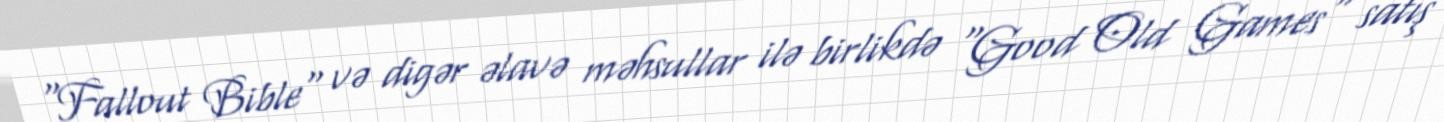
"Fallout Bible" və digər əlavə məhsullar ilə birlikdə "Good Old Games" satış